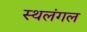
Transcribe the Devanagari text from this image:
स्थलंगल